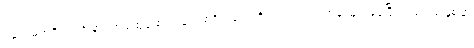
၀န်ထမ်းစရိတ် အခြား အထွေထွေ ကုန်ကျစရိတ်တွေကိုပါ တွက်ရင် အရှုံးများနေပြီး ရထားခ နှစ်ဆ